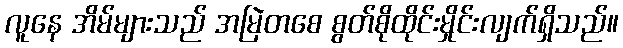
လူနေ အိမ်များသည် အမြဲတစေ စွတ်စိုထိုင်းမှိုင်းလျက်ရှိသည်။